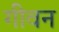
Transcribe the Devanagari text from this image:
गीवन